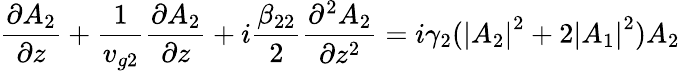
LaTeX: \frac{\partial A_{2}}{\partial z}+\frac{1}{v_{g2}}\frac{\partial A_{2}}{\partial z}+i\frac{\beta_{22}}{2}\frac{\partial^{2}A_{2}}{\partial z^{2}}=i\gamma_{2}(\left|A_{2}\right|^{2}+2\left|A_{1}\right|^{2})A_{2}